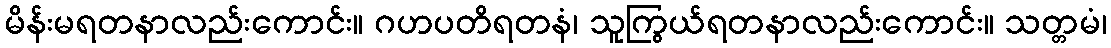
မိန်းမရတနာလည်းကောင်း။ ဂဟပတိရတနံ၊ သူကြွယ်ရတနာလည်းကောင်း။ သတ္တမံ၊